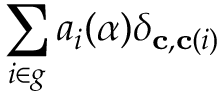
\sum _ { i \in g } a _ { i } ( \alpha ) \delta _ { \mathbf { c } , \mathbf { c } ( i ) }